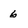
Character: 6